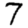
Digit: 7